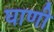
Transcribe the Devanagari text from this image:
घाणी